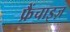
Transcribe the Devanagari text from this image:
फ्रैंचाइज़